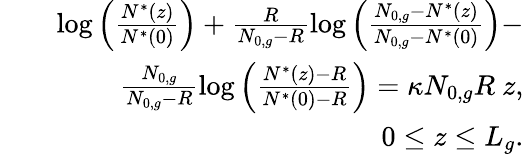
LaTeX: \begin{array}{rlr}&{}&{\log\Big(\frac{N^{*}(z)}{N^{*}(0)}\Big)+\frac{R}{N_{0,g}-R}\log\Big(\frac{N_{0,g}-N^{*}(z)}{N_{0,g}-N^{*}(0)}\Big)-}\\ &{}&{\frac{N_{0,g}}{N_{0,g}-R}\log\Big(\frac{N^{*}(z)-R}{N^{*}(0)-R}\Big)=\kappa N_{0,g}R\ z,}\\ &{}&{0\le z\le L_{g}.}\end{array}